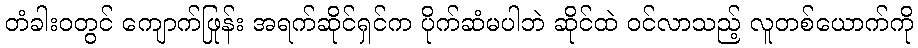
တံခါးဝတွင် ကျောက်ဖြုန်း အရက်ဆိုင်ရှင်က ပိုက်ဆံမပါဘဲ ဆိုင်ထဲ ဝင်လာသည့် လူတစ်ယောက်ကို